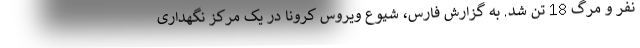
نفر و مرگ 18 تن شد. به گزارش فارس، شیوع ویروس کرونا در یک مرکز نگهداری